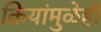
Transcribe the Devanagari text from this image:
क्रियांमुळेही